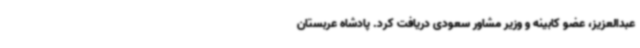
عبدالعزیز، عضو کابینه و وزیر مشاور سعودی دریافت کرد. پادشاه عربستان